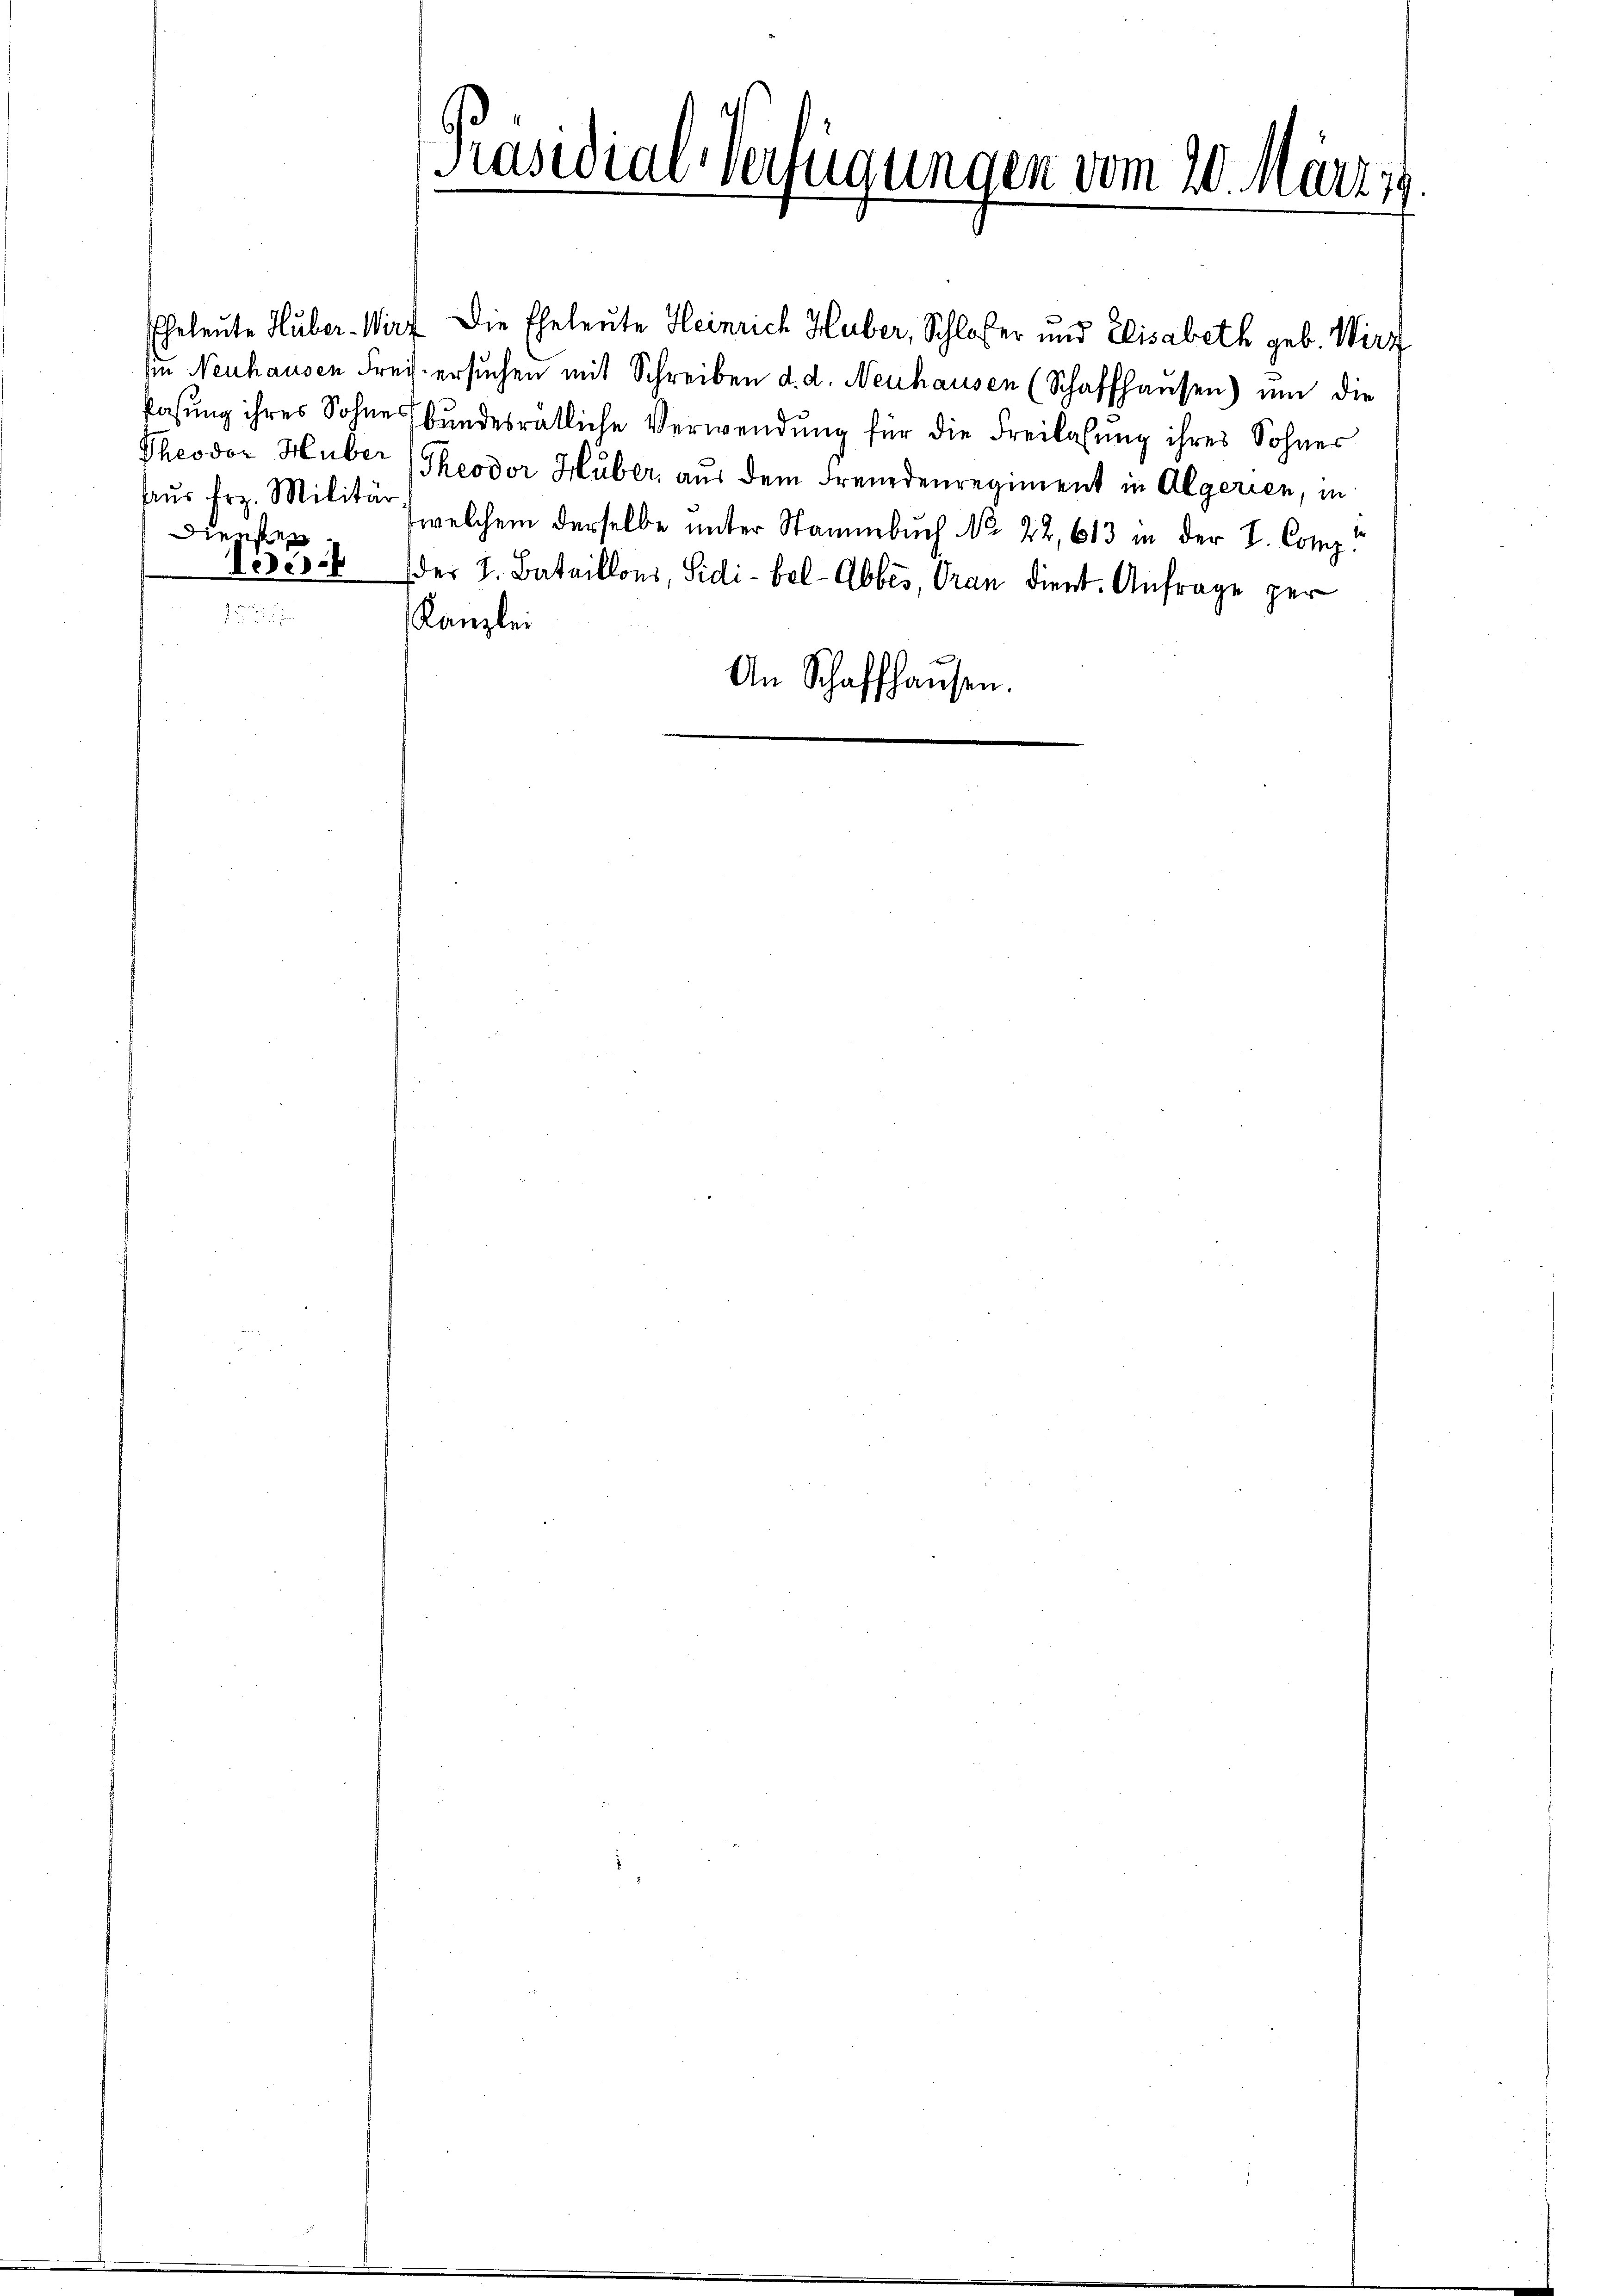
Aus Frz. Militär
Diensten

Präsidial-Verfügungen vom 20. März 19.
.

Eheleute Huber. Wirz Die Eheleute Heinrich Huber, Schloßer und Elisabeth geb. Wirz
sie Neuhausen Frey ersŭchen mit Schreiben d. d. Neuhausen (Schaffhausen) um die
kasung ihres Sohne bundesrätliche Verwendung für die Freilasung ihres Sohner
Theodor Huber (Theodor Huber, aus dem Fremdenregiment in Algerien, in
welchem derselbe unter Stammbuch No. 22, 613 in der L. Comp.
Veses der J. Bataillons, Sidi-bel-Abbes, Oran dient. Anfrage ger
Kanzlei
An Schaffhausen.